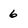
Character: 6